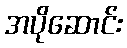
အပိုဆောင်း